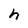
Character: h